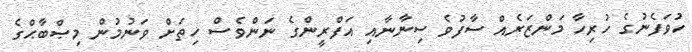
ހުވަފެނުގެ ހުރިހާ މަންޒަރެއް ސާފުވެ ސިނާނާއި އަފްރީންގެ ނަންވެސް ހިތަށް ވަނުމުން މިޞްބާޙްގެ